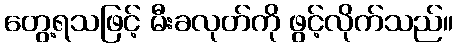
တွေ့ရသဖြင့် မီးခလုတ်ကို ဖွင့်လိုက်သည်။